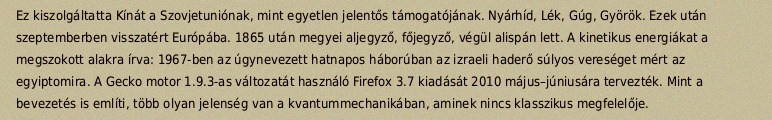
Ez kiszolgáltatta Kínát a Szovjetuniónak, mint egyetlen jelentős támogatójának. Nyárhíd, Lék, Gúg, Györök. Ezek után szeptemberben visszatért Európába. 1865 után megyei aljegyző, főjegyző, végül alispán lett. A kinetikus energiákat a megszokott alakra írva: 1967-ben az úgynevezett hatnapos háborúban az izraeli haderő súlyos vereséget mért az egyiptomira. A Gecko motor 1.9.3-as változatát használó Firefox 3.7 kiadását 2010 május–júniusára tervezték. Mint a bevezetés is említi, több olyan jelenség van a kvantummechanikában, aminek nincs klasszikus megfelelője.